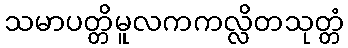
သမာပတ္တိမူလကကလ္လိတသုတ္တံ